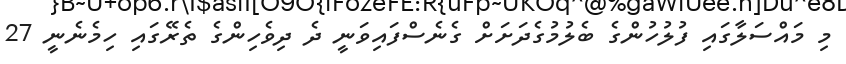
މި މައްސަލާގައި ފުލުހުންގެ ބެލުމުގެދަށަށް ގެނެސްފައިވަނީ ދެ ދިވެހިންގެ ތެރޭގައި ހިމެނެނީ 27